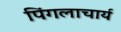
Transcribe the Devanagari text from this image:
पिंगलाचार्य